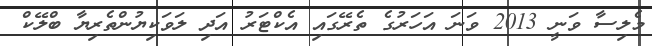
މެލިސާ ވަނީ 2013 ވަނަ އަހަރުގެ ތެރޭގައި އެކްޓަރު އަދި ލަވަކިޔުންތެރިޔާ ބްލޭކް